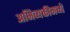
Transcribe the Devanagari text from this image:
अभिव्यक्तीमध्ये